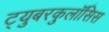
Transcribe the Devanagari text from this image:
ट्युबरकुलॉसिस